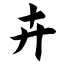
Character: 卉